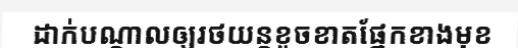
ដាក់បណ្តាលឲ្យរថយន្តខូចខាតផ្នែកខាងមុខ